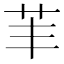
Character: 䒠